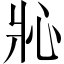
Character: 𱭎